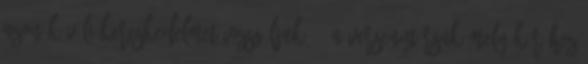
azon kívüli kereskedelmet vizsgáljuk; 3 a versenytársak mely köréhez